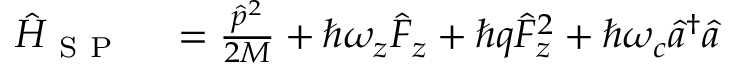
\begin{array} { r l } { \hat { H } _ { \mathrm { ~ S ~ P ~ } } } & { { } = \frac { \hat { p } ^ { 2 } } { 2 M } + \hbar \omega _ { z } \hat { F } _ { z } + \hbar q \hat { F } _ { z } ^ { 2 } + \hbar \omega _ { c } \hat { a } ^ { \dagger } \hat { a } } \end{array}